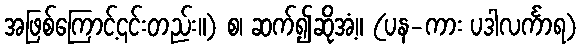
အဖြစ်ကြောင့်၎င်းတည်း။) စ၊ ဆက်၍ဆိုအံ့။ (ပန-ကား ပဒါလင်္ကာရ)